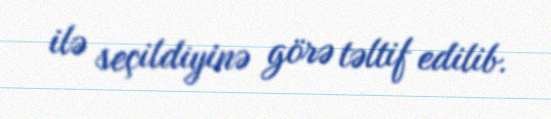
ilə seçildiyinə görə təltif edilib.